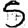
Digit: 5